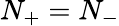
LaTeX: N_{+}=N_{-}